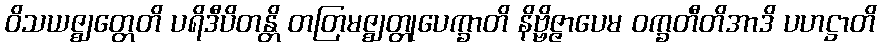
ဝိသယဇ္ဈတ္တေတိ ပရိဒီပိတန္တိ တတြမဇ္ဈတ္တုပေက္ခာတိ နိဗ္ဗိဇ္ဇာပေမ ဝက္ခတီတိအာဒိ ပဟဋ္ဌာတိ